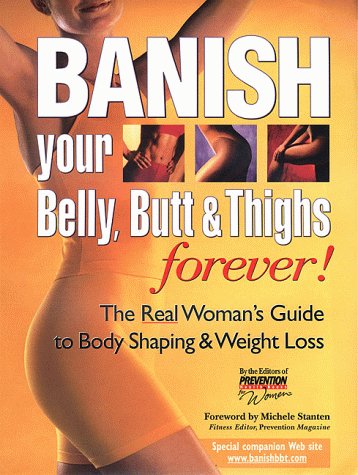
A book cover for BANISH YOUR BELLY, BUTT AND THIGHS (FOREVER!) The Real Woman's Guide to Permanent Weight Loss; The Editors of Prevention Health Books for Women; Health, Fitness & Dieting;